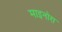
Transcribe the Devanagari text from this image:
माइनोरा